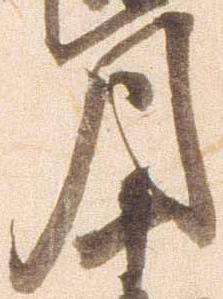
月